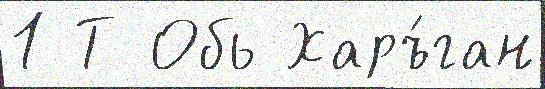
1 Т Обь Харъ́ган